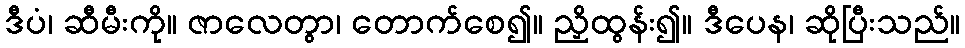
ဒီပံ၊ ဆီမီးကို။ ဇာလေတွာ၊ တောက်စေ၍။ ညှိထွန်း၍။ ဒီပေန၊ ဆိုပြီးသည်။